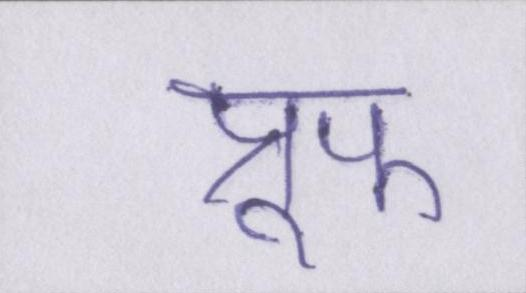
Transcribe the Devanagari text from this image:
प्रूफ